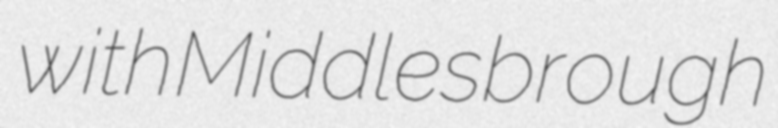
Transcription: with Middlesbrough